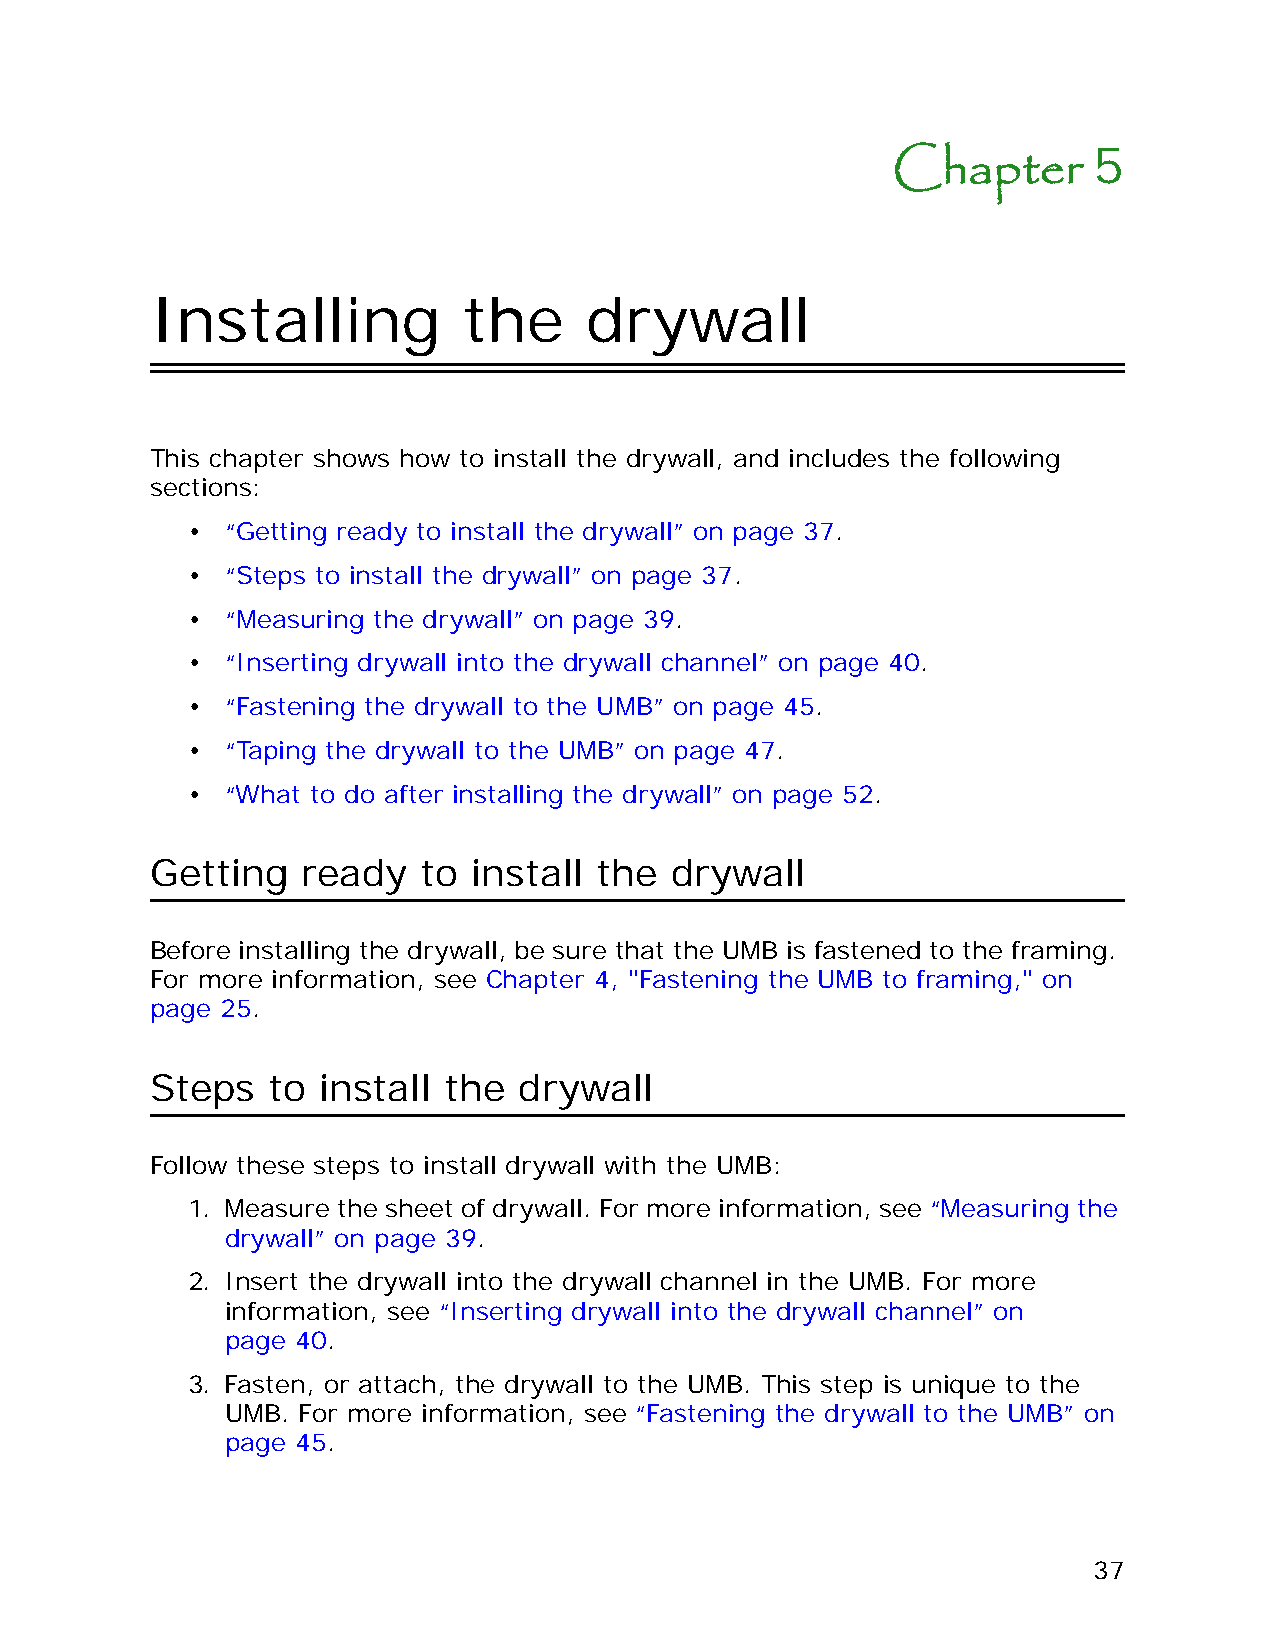
5
 Chapter
 Installing           the     drywall
 This chapter shows how to install the drywall, and includes the following
 sections:
 •  “Getting ready to install the drywall” on page 37.
 •  “Steps to install the drywall” on page 37.
 •  “Measuring the drywall” on page 39.
 •  “Inserting drywall into the drywall channel” on page 40.
 •  “Fastening the drywall to the UMB” on page 45.
 •  “Taping the drywall to the UMB” on page 47.
 •  “What to do after installing the drywall” on page 52.
 Getting   ready   to install the  drywall
 Before installing the drywall, be sure that the UMB is fastened to the framing.
 For more information, see Chapter 4, "Fastening the UMB to framing," on
 page 25.
 Steps   to install the  drywall
 Follow these steps to install drywall with the UMB:
 1. Measure the sheet of drywall. For more information, see “Measuring the
 drywall” on page 39.
 2. Insert the drywall into the drywall channel in the UMB. For more
 information, see “Inserting drywall into the drywall channel” on
 page 40.
 3. Fasten, or attach, the drywall to the UMB. This step is unique to the
 UMB. For more information, see “Fastening the drywall to the UMB” on
 page 45.
 37